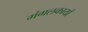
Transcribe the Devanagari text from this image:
मंगलकायाँ